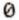
0